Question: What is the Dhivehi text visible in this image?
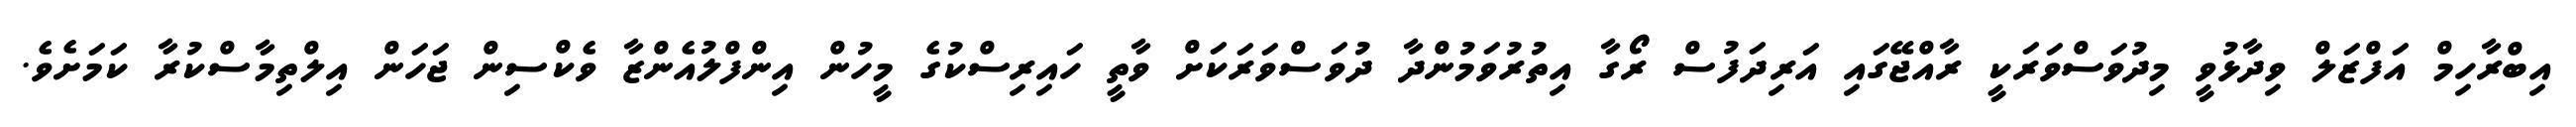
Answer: އިބްރާހިމް އަފްޒަލް ވިދާޅުވީ މިދުވަސްވަރަކީ ރާއްޖޭގައި އަރިދަފުސް ރޯގާ އިތުރުވަމުންދާ ދުވަސްވަރަކަށް ވާތީ ހައިރިސްކުގެ މީހުން އިންފްލުއެންޒާ ވެކްސިން ޖަހަން އިލްތިމާސްކުރާ ކަމަށެވެ.